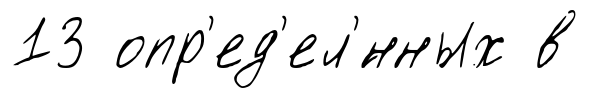
13 опр'ед'ел'́нных в